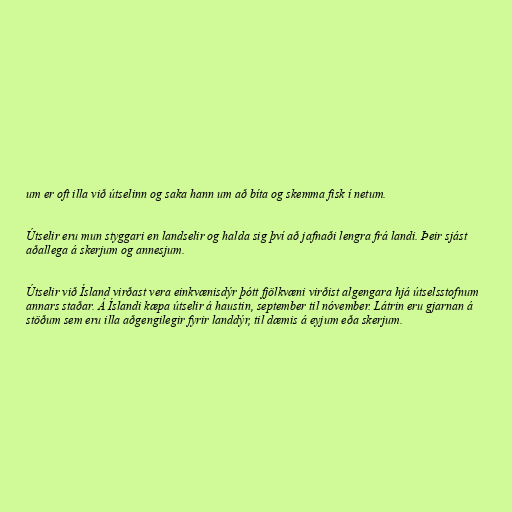
um er oft illa við útselinn og saka hann um að bíta og skemma fisk í netum.

Útselir eru mun styggari en landselir og halda sig því að jafnaði lengra frá landi. Þeir sjást
aðallega á skerjum og annesjum.

Útselir við Ísland virðast vera einkvænisdýr þótt fjölkvæni virðist algengara hjá útselsstofnum
annars staðar. Á Íslandi kæpa útselir á haustin, september til nóvember. Látrin eru gjarnan á
stöðum sem eru illa aðgengilegir fyrir landdýr, til dæmis á eyjum eða skerjum.